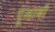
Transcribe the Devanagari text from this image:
दूआबी